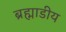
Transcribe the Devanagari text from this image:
ब्रह्माडीय